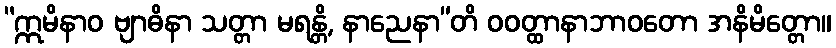
“ဣမိနာဝ ဗျာဓိနာ သတ္တာ မရန္တိ, နာညေနာ”တိ ဝဝတ္ထာနာဘာဝတော အနိမိတ္တော။